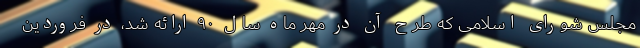
مجلس شورای اسلامی که طرح آن در مهر ماه سال ۹۰ ارائه شد، در فروردین